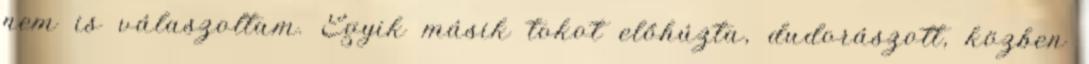
nem is válaszoltam. Egyik másik tokot előhúzta, dudorászott, közben